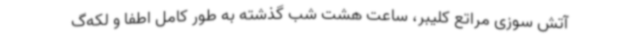
آتش سوزی‌ مراتع کلیبر، ساعت هشت شب گذشته به طور کامل اطفا و لکه‌گ